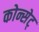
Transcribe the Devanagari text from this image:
कोन्सेट्